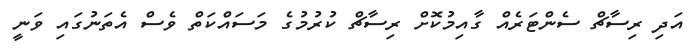
އަދި ރިސާޗް ސެންޓަރެއް ގާއިމުކޮށް ރިސާޗް ކުރުމުގެ މަސައްކަތް ވެސް އެތަނުގައި ވަނީ